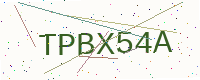
Text: TPBX54A